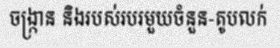
ចង្ក្រាន និងរបស់របរមួយចំនួន-តូបលក់